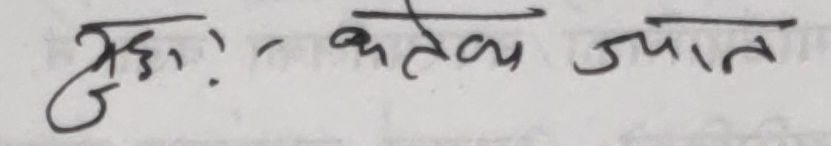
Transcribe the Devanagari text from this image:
मुक्त! कतेक ज्ञात